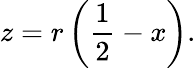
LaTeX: z=r\left({\frac{1}{2}}-x\right).